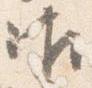
御